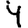
Digit: 4